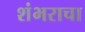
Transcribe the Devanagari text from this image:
शंभराचा